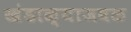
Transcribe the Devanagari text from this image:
खंडाळ्याजवळ